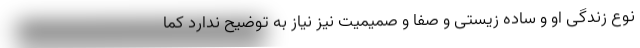
نوع زندگی او و ساده زیستی و صفا و صمیمیت نیز نیاز به توضیح ندارد کما